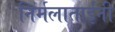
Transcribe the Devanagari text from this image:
निर्मलाताईंनी